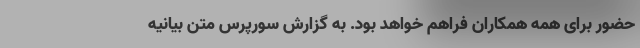
حضور برای همه همکاران فراهم خواهد بود. به گزارش سورپرس متن بیانیه